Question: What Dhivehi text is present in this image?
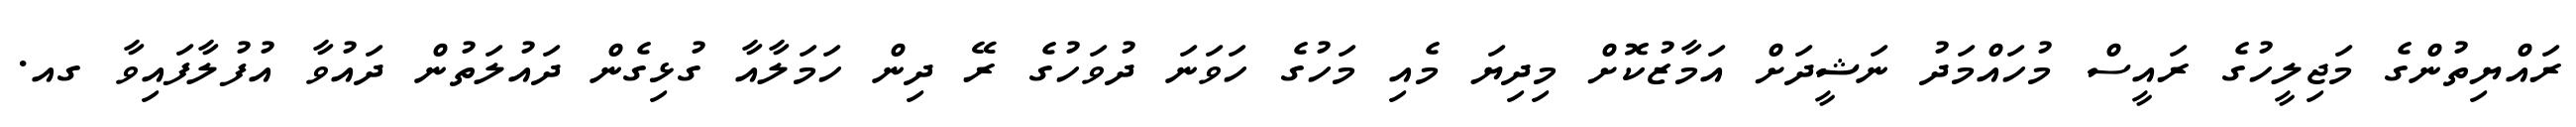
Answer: ރައްޔިތުންގެ މަޖިލީހުގެ ރައީސް މުހައްމަދު ނަޝީދަށް އަމާޒުކޮށް މިދިޔަ މެއި މަހުގެ ހަވަނަ ދުވަހުގެ ރޭ ދިން ހަމަލާއާ ގުޅިގެން ދައުލަތުން ދައުވާ އުފުލާފައިވާ ގއ.